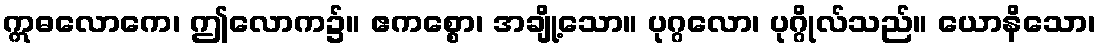
ဣဓလောကေ၊ ဤလောက၌။ ဧကစ္စော၊ အချို့သော။ ပုဂ္ဂလော၊ ပုဂ္ဂိုလ်သည်။ ယောနိသော၊